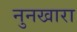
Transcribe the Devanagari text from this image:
नुनखारा